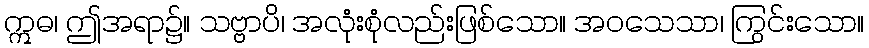
ဣဓ၊ ဤအရာ၌။ သဗ္ဗာပိ၊ အလုံးစုံလည်းဖြစ်သော။ အဝသေသာ၊ ကြွင်းသော။